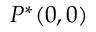
P ^ { * } ( 0 , 0 )